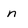
Character: n